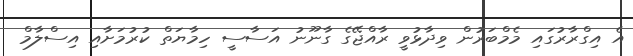
އެ އިގްރާރުގައި މެމްބަރުން ވިދާޅުވީ ރާއްޖޭގެ ގާނޫނު އަސާސީ ހިމާޔަތް ކުރުމަށާއި އިސްލާމް